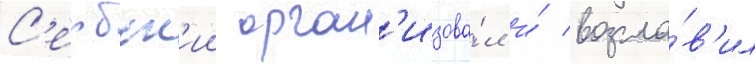
С'ербск'ии орган'изова́л и́ возгла́в'ил